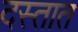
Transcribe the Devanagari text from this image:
दस्तात